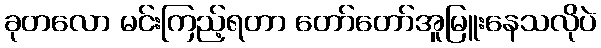
ခုတလော မင်းကြည့်ရတာ တော်တော်အူမြူးနေသလိုပဲ